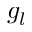
g _ { l }